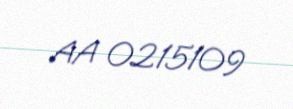
AA 0215109